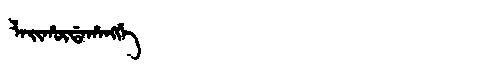
Manchu: ᠯᠠᡳᡥᡡᡩᠠᡥᠠᠩᡤᡝ
Romanization: LAIHŪDAHANGGE